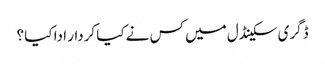
ڈگری سکینڈل میں کس نے کیا کردار ادا کیا ؟